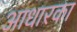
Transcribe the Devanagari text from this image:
आधारका